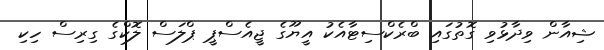
ޝިއާން ވިދާޅުވި ގޮތުގައި ބްރެކްސިޓާއެކު އީޔޫގެ ޖީއެސްޕީ ޕްލަސް ލޮކްގެ ގިރިސް ހިކި